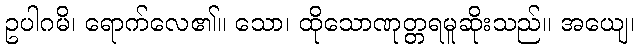
ဥပါဂမိ၊ ရောက်လေ၏။ သော၊ ထိုသောဏုတ္တရမူဆိုးသည်။ အယျေ၊